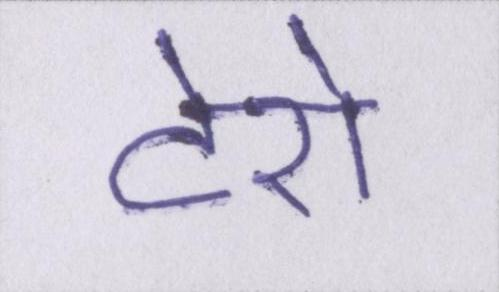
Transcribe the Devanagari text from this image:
टेरो